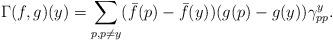
LaTeX: \begin{gather*}\Gamma(f,g)(y)=\sum\limits_{p,p\neq y} (\bar f(p)-\bar f(y))(g(p)-g(y))\gamma_{pp}^y.\end{gather*}